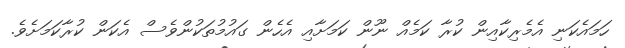
ހަމައެކަނި އެމެރިކާއިން ކުރާ ކަމެއް ނޫން ކަމަށާއި އެހެން ގައުމުތަކުންވެސް އެކަން ކުރާކަމަށެވެ.